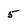
Character: 5